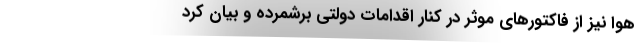
هوا نیز از فاکتورهای موثر در کنار اقدامات دولتی برشمرده و بیان کرد